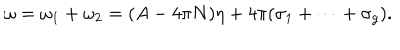
\omega = \omega _ { 1 } + \omega _ { 2 } = ( A - 4 \pi N ) \eta + 4 \pi ( \sigma _ { 1 } + \cdots + \sigma _ { g } ) .